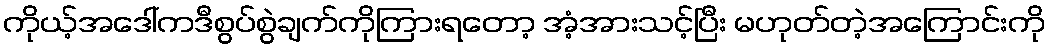
ကိုယ့်အဒေါ်ကဒီစွပ်စွဲချက်ကိုကြားရတော့ အံ့အားသင့်ပြီး မဟုတ်တဲ့အကြောင်းကို